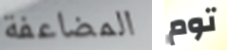
المضاعفة توم